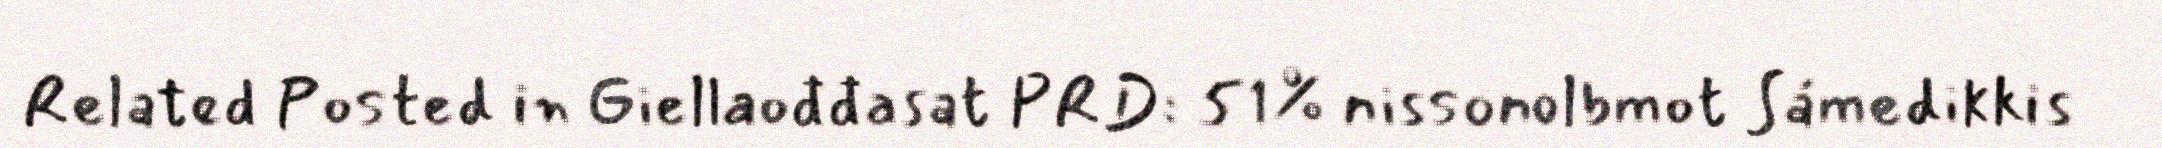
Related Posted in Giellaođđasat PRD: 51% nissonolbmot Sámedikkis